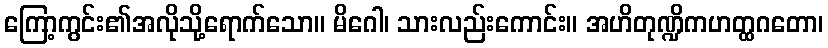
ကြော့ကွင်း၏အလိုသို့ရောက်သော။ မိဂေါ၊ သားလည်းကောင်း။ အဟိတုဏ္ဍိကဟတ္ထဂတော၊